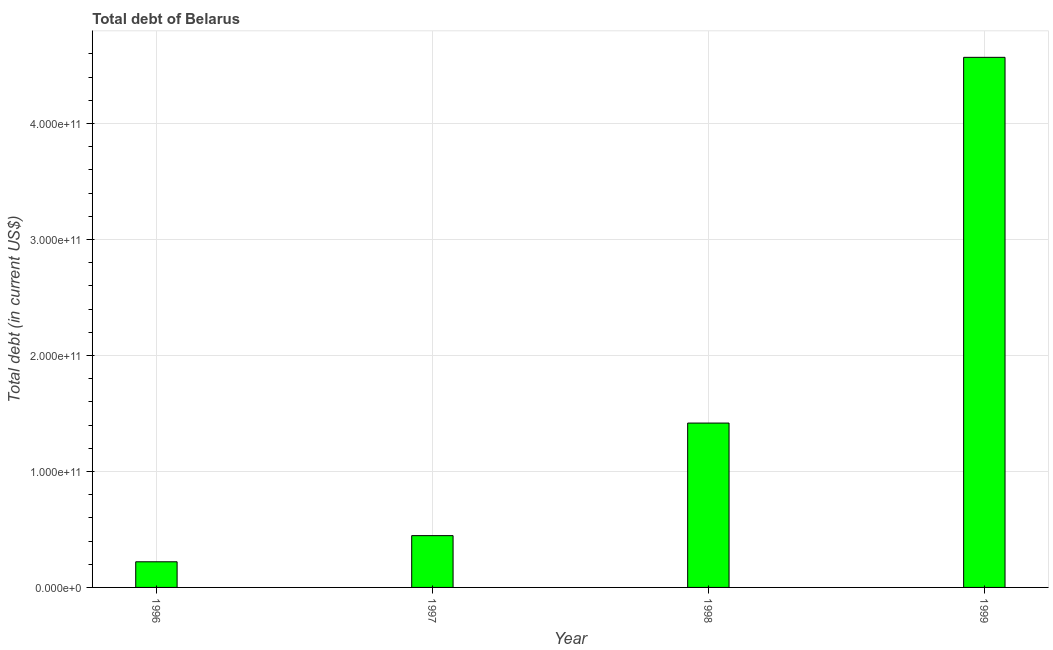
| Year | Central government debt |
 | --- | --- |
 | 1996 | 2.21e+10 |
 | 1997 | 4.46e+10 |
 | 1998 | 1.42e+11 |
 | 1999 | 4.57e+11 |